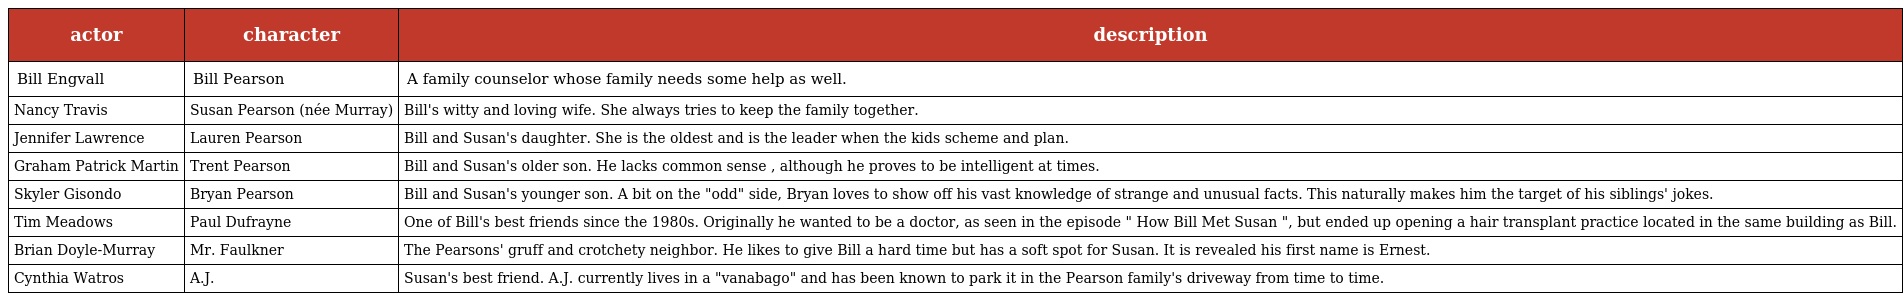
| actor | character | description |
 | --- | --- | --- |
 | Bill Engvall | Bill Pearson | A family counselor whose family needs some help as well. |
 | Nancy Travis | Susan Pearson (née Murray) | Bill's witty and loving wife. She always tries to keep the family together. |
 | Jennifer Lawrence | Lauren Pearson | Bill and Susan's daughter. She is the oldest and is the leader when the kids scheme and plan. |
 | Graham Patrick Martin | Trent Pearson | Bill and Susan's older son. He lacks common sense , although he proves to be intelligent at times. |
 | Skyler Gisondo | Bryan Pearson | Bill and Susan's younger son. A bit on the "odd" side, Bryan loves to show off his vast knowledge of strange and unusual facts. This naturally makes him the target of his siblings' jokes. |
 | Tim Meadows | Paul Dufrayne | One of Bill's best friends since the 1980s. Originally he wanted to be a doctor, as seen in the episode " How Bill Met Susan ", but ended up opening a hair transplant practice located in the same building as Bill. |
 | Brian Doyle-Murray | Mr. Faulkner | The Pearsons' gruff and crotchety neighbor. He likes to give Bill a hard time but has a soft spot for Susan. It is revealed his first name is Ernest. |
 | Cynthia Watros | A.J. | Susan's best friend. A.J. currently lives in a "vanabago" and has been known to park it in the Pearson family's driveway from time to time. |